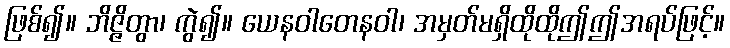
ဖြစ်၍။ ဘိဇ္ဇိတွာ၊ ကွဲ၍။ ယေနဝါတေနဝါ၊ အမှတ်မရှိထိုထိုဤဤအရပ်ဖြင့်။